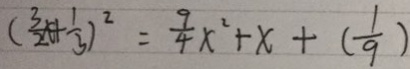
( \frac { 3 } { 2 } x + \frac { 1 } { 3 } ) ^ { 2 } = \frac { 9 } { 4 } x ^ { 2 } + x + ( \frac { 1 } { 9 } )